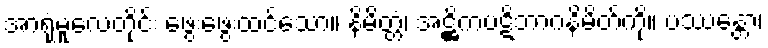
အာရုံမူလေတိုင်း ဖွေးဖွေးထင်သော။ နိမိတ္တံ၊ အဋ္ဌိကပဋိဘာဂနိမိတ်ကို။ ပဿန္တော၊